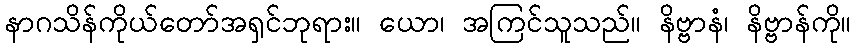
နာဂသိန်ကိုယ်တော်အရှင်ဘုရား။ ယော၊ အကြင်သူသည်။ နိဗ္ဗာနံ၊ နိဗ္ဗာန်ကို။